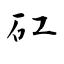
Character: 矼